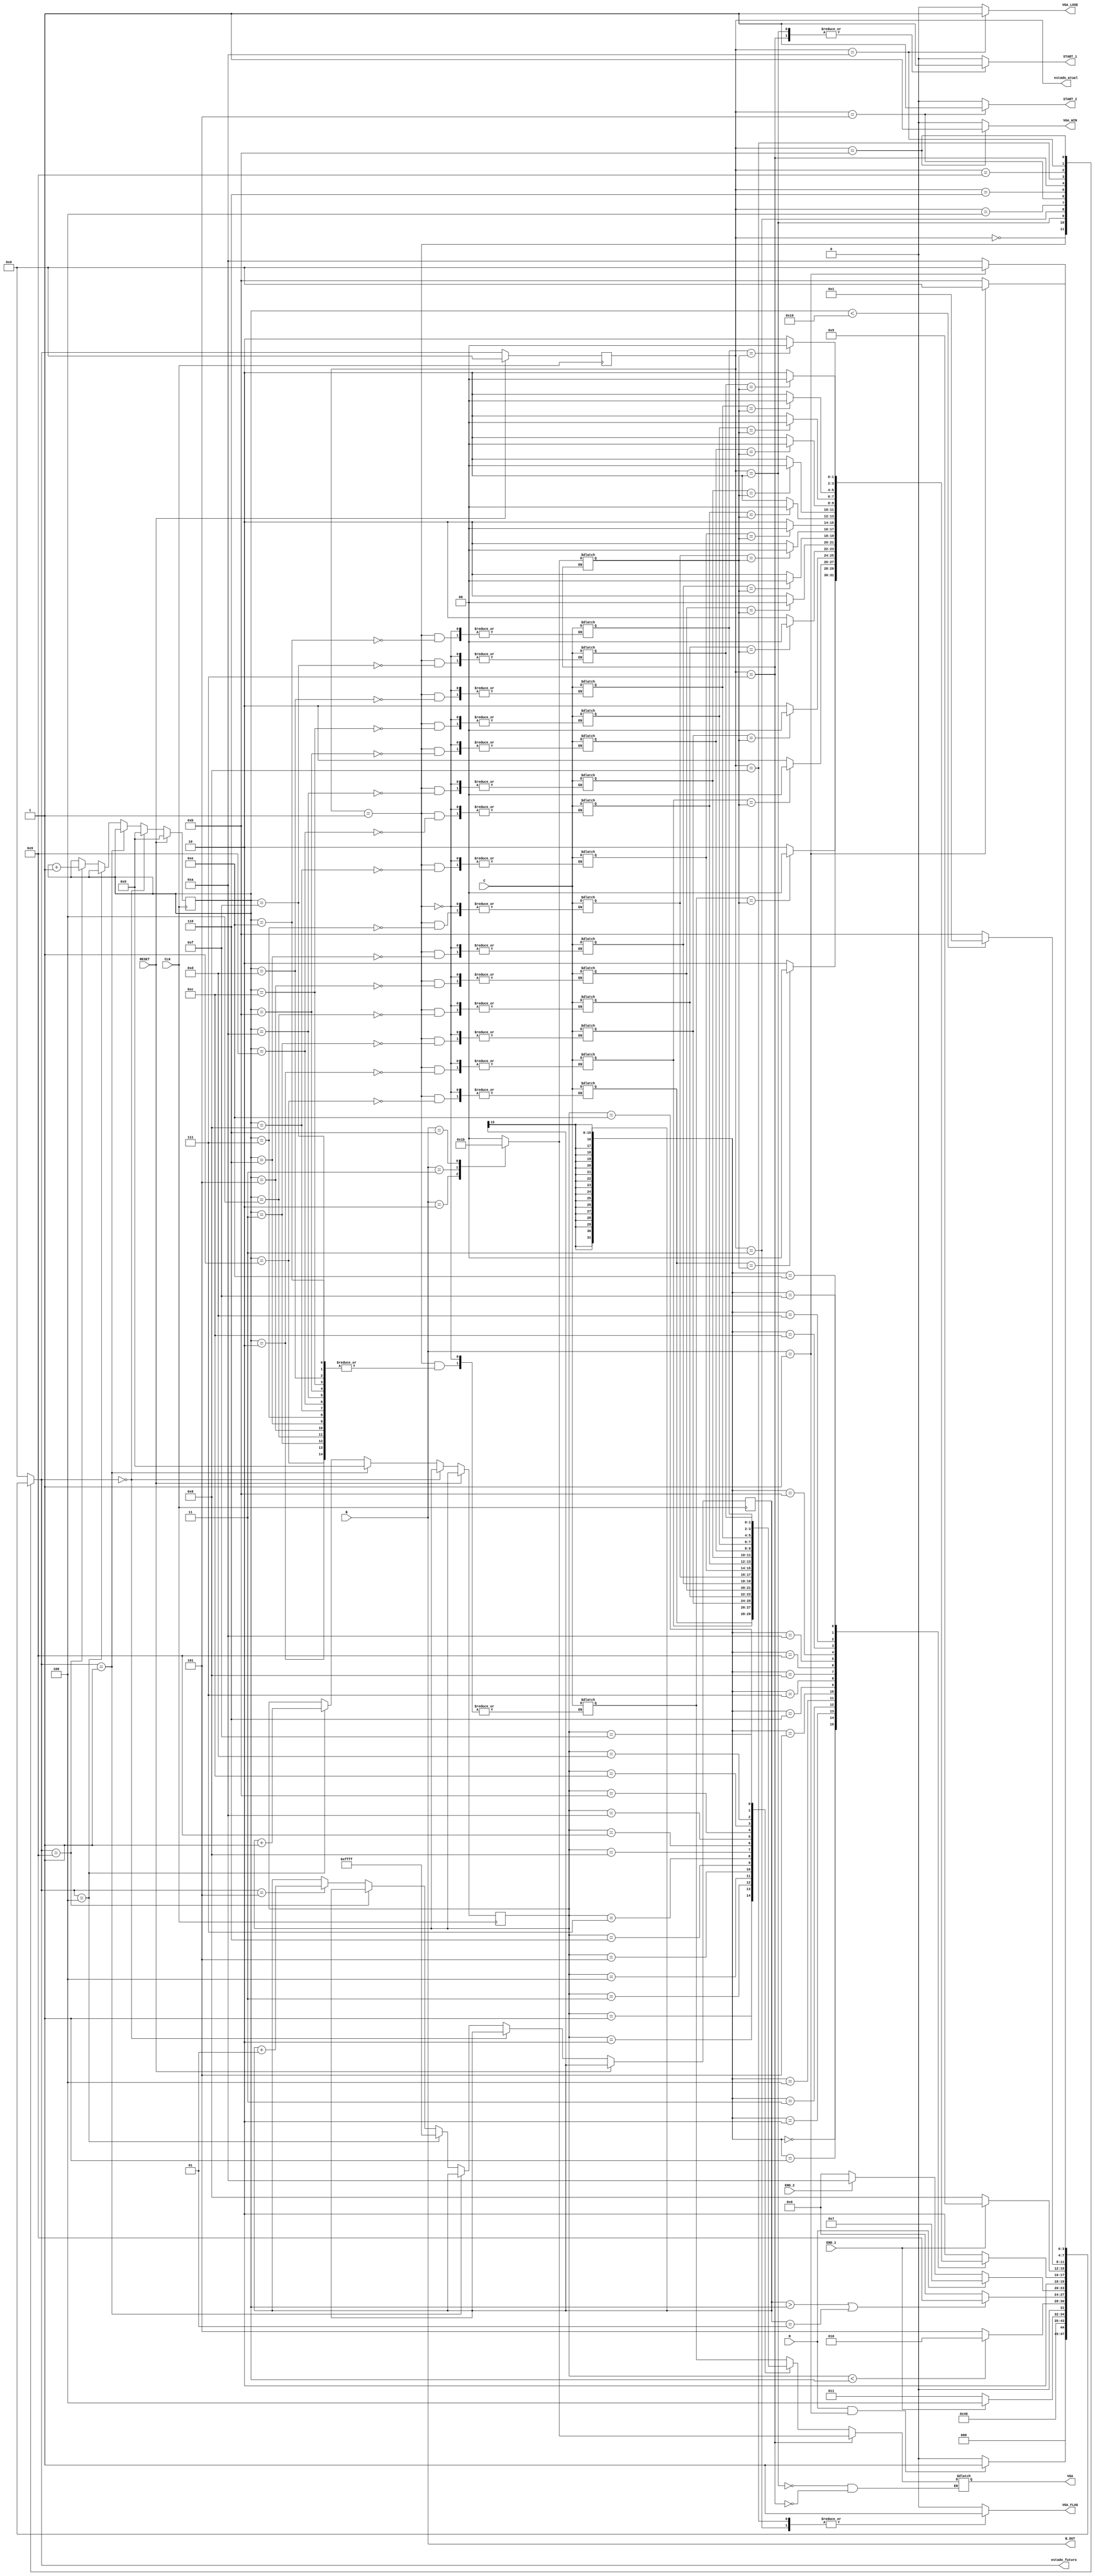
module genius(
  // ------ Input
  input RESET,
  input CLK,
  input R,
  input [2:0] B,
  input [1:0] C,
  input END_1,
  input END_2,

  // ------ Output
  output reg [2:0] B_OUT,
  output reg START_1,
  output reg START_2,
  output reg VGA_FLAG,
  output reg VGA_LOSE,
  output reg VGA_WIN,
  output reg[1:0] VGA,
  output reg[3:0] estado_atual, 
  output reg[3:0] estado_futuro
);
  // Decodificador de boto: R (ready), B (boto), C (cor)
  // Temporizador 1 (tempo de exibio da cor na tela): END_1, START_1
  // Temporizador 2 (tempo para o usurio inserir cor): END_2, START_2

  parameter[2:0] 
    POWER = 1,
    GREEN = 2,
    RED = 3,
    BLUE = 4,
    YELLOW = 6;
  
  // Contadores auxiliares
  reg [15:0] I;
  reg [15:0] J;
  reg signed [15:0] K;

  reg [31:0] SEQ;
  reg [1:0] BTN_USUARIO;

  // Estados
  parameter PREPARAR = 0,
            NOVA_COR = 1,
            BLINK = 2,
            MOSTRA_COR_1 = 3,
            INCREMENTA_J = 4,
            AGUARDANDO = 5,
            AGUARDANDO_BOTAO = 6,
            COMPARA_COR = 7,
            MOSTRA_COR_2 = 8,
            INCREMENTA_I = 9,
            PERDEU = 10,
            GANHOU = 11;

  initial begin
    J=0;
    I=0;
    K=-1;
  end

  always @(posedge CLK)
  begin
    if (RESET)
    begin
      estado_atual <= PREPARAR;
      I <= 0;
    end
    else
    begin
      estado_atual <= estado_futuro;

      if (estado_futuro == PREPARAR)
        I <= 0;
      else if (estado_futuro == NOVA_COR)
        J <= 0;      
      else if (estado_futuro == INCREMENTA_J)
      begin
        J <= J + 1;
        K <= -1;
      end
      else if (estado_futuro == INCREMENTA_I)
      begin
        I <= I + 1;
      end
      else if (estado_futuro == AGUARDANDO)
        K <= K + 1;
    end
  end

  // Decodificador prximo estado
  always @(*) begin
    case (estado_atual)
      PREPARAR:
      begin
        if (R == 1 && B == POWER)
          estado_futuro = NOVA_COR;
        else
          estado_futuro = PREPARAR;
      end

      NOVA_COR:
      begin
        case(I)
          0:  SEQ[1:0]   <= C;
          1:  SEQ[3:2]   <= C;
          2:  SEQ[5:4]   <= C;
          3:  SEQ[7:6]   <= C;
          4:  SEQ[9:8]   <= C;
          5:  SEQ[11:10] <= C;
          6:  SEQ[13:12] <= C;
          7:  SEQ[15:14] <= C;
          8:  SEQ[17:16] <= C;
          9:  SEQ[19:18] <= C;
          10: SEQ[21:20] <= C;
          11: SEQ[23:22] <= C;
          12: SEQ[25:24] <= C;
          13: SEQ[27:26] <= C;
          14: SEQ[29:28] <= C;
          15: SEQ[31:30] <= C;
          default: SEQ[1:0]<= C;
        endcase
        estado_futuro = BLINK;        
      end
      
      BLINK:
      begin
        estado_futuro = MOSTRA_COR_1;
      end

      MOSTRA_COR_1:
      begin
        if (END_1)
          estado_futuro = INCREMENTA_J;
        else
          estado_futuro = MOSTRA_COR_1;
      end

      INCREMENTA_J:
      begin
        if (J < I)
          estado_futuro = BLINK;
        else
          estado_futuro = AGUARDANDO;
      end

      AGUARDANDO:
      begin
        estado_futuro = AGUARDANDO_BOTAO;
        if (K > I || K == 1)
          estado_futuro = INCREMENTA_I;
      end

      AGUARDANDO_BOTAO:
      begin
        if (R == 1)
          estado_futuro = COMPARA_COR;
        else if (END_2)
          estado_futuro = PERDEU;
        else
          estado_futuro = AGUARDANDO_BOTAO;
      end

      COMPARA_COR:
      begin
        case(K)
          0:begin
              if (SEQ[1:0] == BTN_USUARIO)
               estado_futuro = MOSTRA_COR_2;
              else
               estado_futuro = PERDEU;
            end
          1:begin
              if (SEQ[3:2] == BTN_USUARIO)
               estado_futuro = MOSTRA_COR_2;
              else
                estado_futuro = PERDEU;
            end
          2:begin
              if (SEQ[5:4] == BTN_USUARIO)
               estado_futuro = MOSTRA_COR_2;
              else
                estado_futuro = PERDEU;
            end
          3:begin
              if (SEQ[7:6] == BTN_USUARIO)
               estado_futuro = MOSTRA_COR_2;
              else
                estado_futuro = PERDEU;
            end
          4:begin
              if (SEQ[9:8] == BTN_USUARIO)
               estado_futuro = MOSTRA_COR_2;
              else
                estado_futuro = PERDEU;
            end
          5:begin
              if (SEQ[11:10] == BTN_USUARIO)
               estado_futuro = MOSTRA_COR_2;
              else
                estado_futuro = PERDEU;
            end
          6:begin
              if (SEQ[13:12] == BTN_USUARIO)
               estado_futuro = MOSTRA_COR_2;
              else
                estado_futuro = PERDEU;
            end
          7:begin
              if (SEQ[15:14] == BTN_USUARIO)
               estado_futuro = MOSTRA_COR_2;
              else
                estado_futuro = PERDEU;
            end
          8:begin
              if (SEQ[17:16] == BTN_USUARIO)
               estado_futuro = MOSTRA_COR_2;
              else
                estado_futuro = PERDEU;
            end
          9:begin
              if (SEQ[19:18] == BTN_USUARIO)
               estado_futuro = MOSTRA_COR_2;
              else
                estado_futuro = PERDEU;
            end
          10:begin
              if (SEQ[21:20] == BTN_USUARIO)
               estado_futuro = MOSTRA_COR_2;
              else
                estado_futuro = PERDEU;
            end
          11:begin
              if (SEQ[23:22] == BTN_USUARIO)
               estado_futuro = MOSTRA_COR_2;
              else
                estado_futuro = PERDEU;
            end
          12:begin
              if (SEQ[25:24] == BTN_USUARIO)
               estado_futuro = MOSTRA_COR_2;
              else
                estado_futuro = PERDEU;
            end
          13:begin
              if (SEQ[27:26] == BTN_USUARIO)
               estado_futuro = MOSTRA_COR_2;
              else
                estado_futuro = PERDEU;
            end
          14:begin
              if (SEQ[29:28] == BTN_USUARIO)
               estado_futuro = MOSTRA_COR_2;
              else
                estado_futuro = PERDEU;
            end
          15:begin
              if (SEQ[31:30] == BTN_USUARIO)
               estado_futuro = MOSTRA_COR_2;
              else
                estado_futuro = PERDEU;
            end
          default: estado_futuro = PERDEU;
        endcase
      end

      MOSTRA_COR_2:
      begin
        if (END_1)
          estado_futuro = AGUARDANDO;
        else
          estado_futuro = MOSTRA_COR_2;
      end
      
      INCREMENTA_I:
      begin
        if (I < 16)
          estado_futuro = NOVA_COR;
        else
          estado_futuro = GANHOU;
      end

      PERDEU:
      begin
        if (B == POWER)
          estado_futuro = PREPARAR;
        else
          estado_futuro = PERDEU;
      end

      GANHOU:
      begin
        if (B == POWER)
          estado_futuro = PREPARAR;
        else
          estado_futuro = GANHOU;
      end
      default: estado_futuro = PREPARAR;
    endcase
  end

  // Setar sadas
  always @(*)
  begin
    START_1 = 0;
    START_2 = 0;
    VGA_FLAG = 0;
    VGA_LOSE = 0;
    VGA_WIN = 0;

    B_OUT = B;

    case (estado_atual)
      BLINK:
      begin
        case(J)
          0:  VGA = SEQ[1:0];
          1:  VGA = SEQ[3:2];
          2:  VGA = SEQ[5:4];
          3:  VGA = SEQ[7:6];
          4:  VGA = SEQ[9:8];
          5:  VGA = SEQ[11:10];
          6:  VGA = SEQ[13:12];
          7:  VGA = SEQ[15:14];
          8:  VGA = SEQ[17:16];
          9:  VGA = SEQ[19:18];
          10: VGA = SEQ[21:20];
          11: VGA = SEQ[23:22];
          12: VGA = SEQ[25:24];
          13: VGA = SEQ[27:26];
          14: VGA = SEQ[29:28];
          15: VGA = SEQ[31:30];
          default: VGA = SEQ[1:0];
        endcase
        START_1 = 1;
      end

      MOSTRA_COR_1:
        VGA_FLAG = 1;

      AGUARDANDO:
      begin
        START_2 = 1;
      end

      COMPARA_COR:
      begin
        case (B)
        BLUE: BTN_USUARIO = 2'b00;
        GREEN: BTN_USUARIO = 2'b01;
        RED: BTN_USUARIO = 2'b10;
        YELLOW: BTN_USUARIO = 2'b11;
        default: BTN_USUARIO = 2'b00;
        endcase
        
        VGA = BTN_USUARIO;
        START_1 = 1;
      end

      MOSTRA_COR_2:
        VGA_FLAG = 1;

      PERDEU:
        VGA_LOSE = 1;  // a flag ser algo que demonstre derrota
      
      GANHOU:
        VGA_WIN = 1;  // flag pra dizer que ganhou
    endcase
  end

endmodule